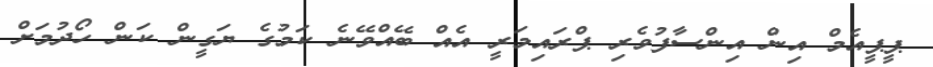
ޕީޕީއެމް އިން އިންސާފުވެރި ޕްރައިމަރީ އެއް ބޭއްވޭނެ ކަމުގެ ޔަގީން ކަން ހޯދުމަށް